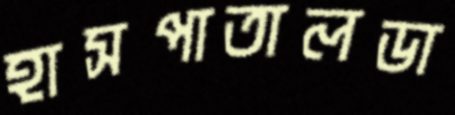
হাসপাতালডা